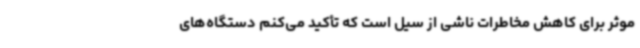
موثر برای کاهش مخاطرات ناشی از سیل است که تأکید می‌کنم دستگاه‌های